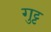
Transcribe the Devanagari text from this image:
गुट्ट